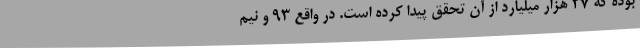
بوده که ۲۷ هزار میلیارد از آن تحقق پیدا کرده است. در واقع ۹۳ و نیم